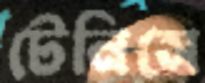
টেনিসে